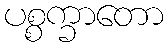
ပစ္စက္ခာတော